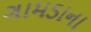
ગામડાના